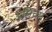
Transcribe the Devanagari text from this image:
अलिचार